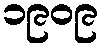
၁၉၀၉